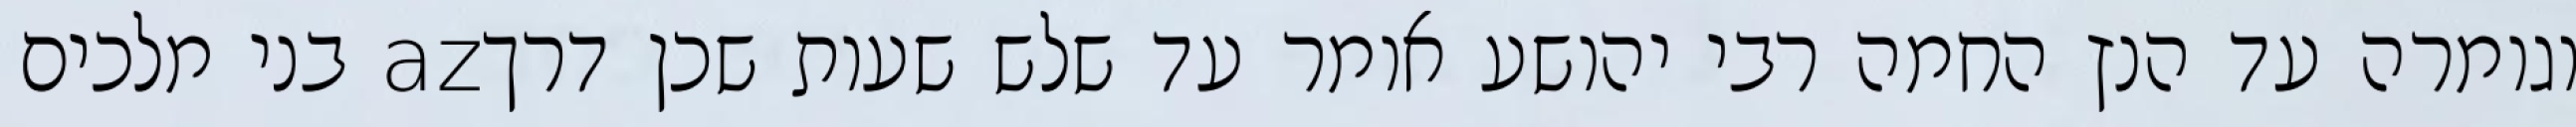
וגומרה עד הנץ החמה רבי יהושע אומר עד שלש שעות שכן דרךaz בני מלכים